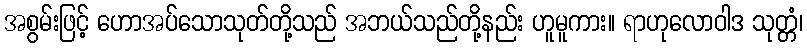
အစွမ်းဖြင့် ဟောအပ်သောသုတ်တို့သည် အဘယ်သည်တို့နည်း ဟူမူကား။ ရာဟုလောဝါဒ သုတ္တံ၊